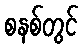
စနစ်တွင်